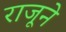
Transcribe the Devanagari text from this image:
राजूने